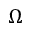
\Omega